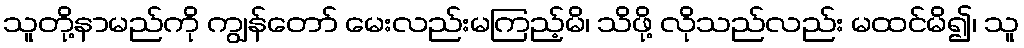
သူတို့နာမည်ကို ကျွန်တော် မေးလည်းမကြည့်မိ၊ သိဖို့ လိုသည်လည်း မထင်မိ၍၊ သူ